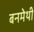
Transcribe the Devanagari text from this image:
बनमेथी